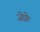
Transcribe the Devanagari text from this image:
जेफ्रे